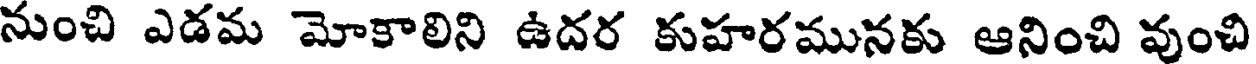
నుంచి ఎడమ మోకాలిని ఉదర కుహరమునకు ఆనించి వుంచి